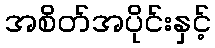
အစိတ်အပိုင်းနှင့်